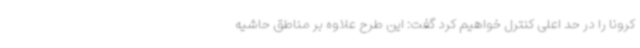
کرونا را در حد اعلی کنترل خواهیم کرد گفت: این طرح علاوه بر مناطق حاشیه